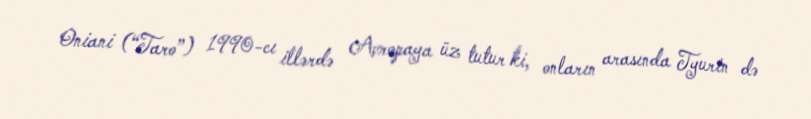
Oniani (“Taro”) 1990-cı illərdə Avropaya üz tutur ki, onların arasında Tyurin də